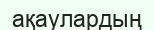
ақаулардың